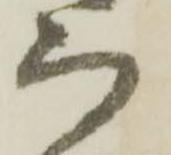
而